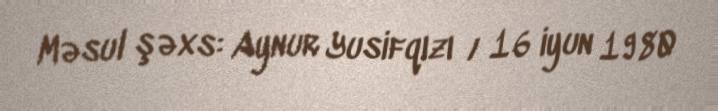
Məsul şəxs: Aynur Yusifqızı / 16 iyun 1980